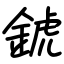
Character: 錿